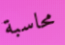
محاسبة